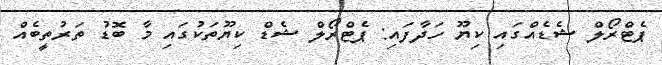
ޕެޓްރޯލް ޝެޑެއްގައި ކިޔޫ ހަދާފައި: ޕެޓްރޯލް ޝެޑް ކިޔޫތަކުގައި މާ ބޮޑު ތަރުތީބެއް